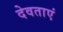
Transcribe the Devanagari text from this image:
देवताएं